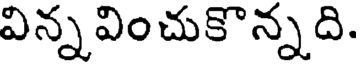
విన్నవించుకొన్నది.